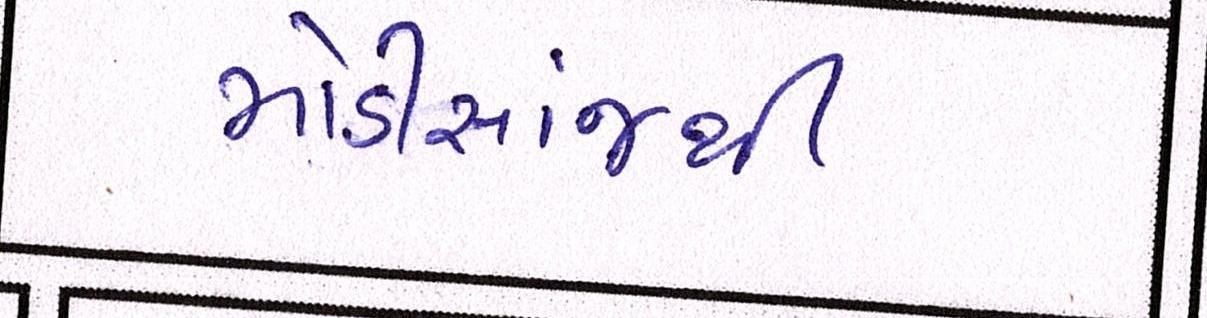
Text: મોડીસાંજથી